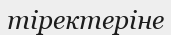
тіректеріне